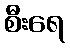
စီးရေ